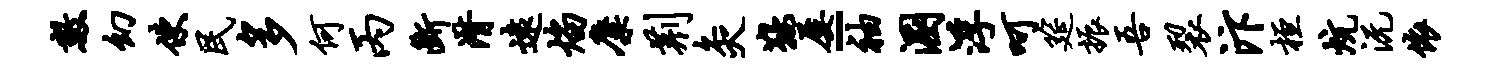
数幻使民多何丙断潸远焰麋荆灸鞍屡-袖溷浮呵筵振吾裂汴桓炕沅依